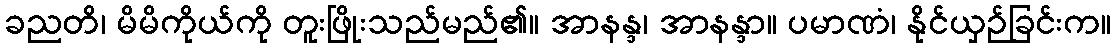
ခညတိ၊ မိမိကိုယ်ကို တူးဖြိုးသည်မည်၏။ အာနန္ဒ၊ အာနန္ဒာ။ ပမာဏံ၊ နိုင်ယှဉ်ခြင်းက။